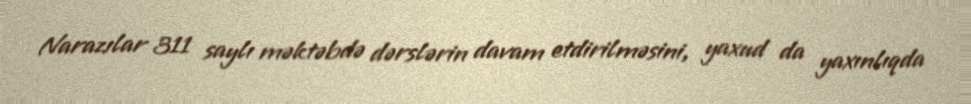
Narazılar 311 saylı məktəbdə dərslərin davam etdirilməsini, yaxud da yaxınlıqda